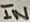
Text: IN